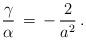
LaTeX: \begin{align*}\frac{\gamma }{\alpha}\,=\,-\,\frac{2}{a^2}\,{.}\end{align*}